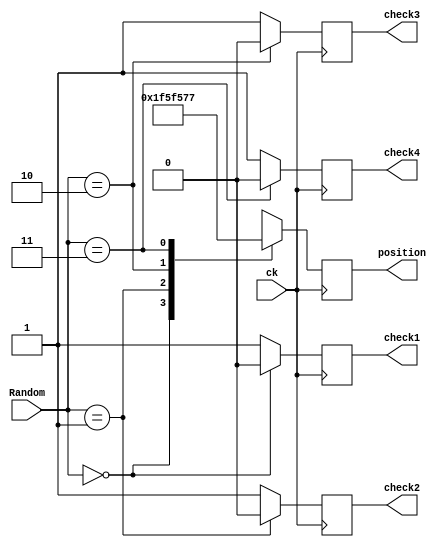
`timescale 1ns / 1ps
//////////////////////////////////////////////////////////////////////////////////
// Company: 
// Engineer: 
// 
// Design Name: 
// Module Name:    Generate_block 
// Project Name: 
// Target Devices: 
// Tool versions: 
// Description: 
//
// Dependencies: 
//
// Revision: 
// Revision 0.01 - File Created
// Additional Comments: 
//
//////////////////////////////////////////////////////////////////////////////////
module Generate_block(Random,position,check1,check2,check3,check4,ck);
input  [1:0] Random;
input ck;
//output reg [1:0]Active_pic;
output reg check1,check2,check3,check4;
output reg [8:0]position;
initial begin  check1=1;check2=1;check3=0;check4=1; end
always@(posedge ck)
	  begin
		check1<=1;
		check2<=1;
		check3<=1;
		check4<=1;
		case(Random)
		2'b00: 
		begin
			position = 0;
			check1<=0;
		//	Active_pic=1;
		end
		2'b01: 
		begin
			position = 125;
			check2<=0;
			//Active_pic=2;
		end
		2'b10:
		begin
			position = 250;
			check3<=0;
			//Active_pic=3;
		end
		2'b11: 
		begin
			position = 375;
			check4<=0;
			//Active_pic=4;
		end
		endcase
	  end

endmodule